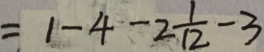
= 1 - 4 - 2 \frac { 1 } { 1 2 } - 3